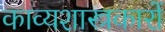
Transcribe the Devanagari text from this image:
काव्यशास्त्रकारों